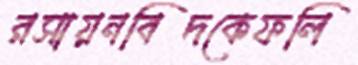
রসায়নবিদকেফলি